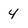
Character: 4